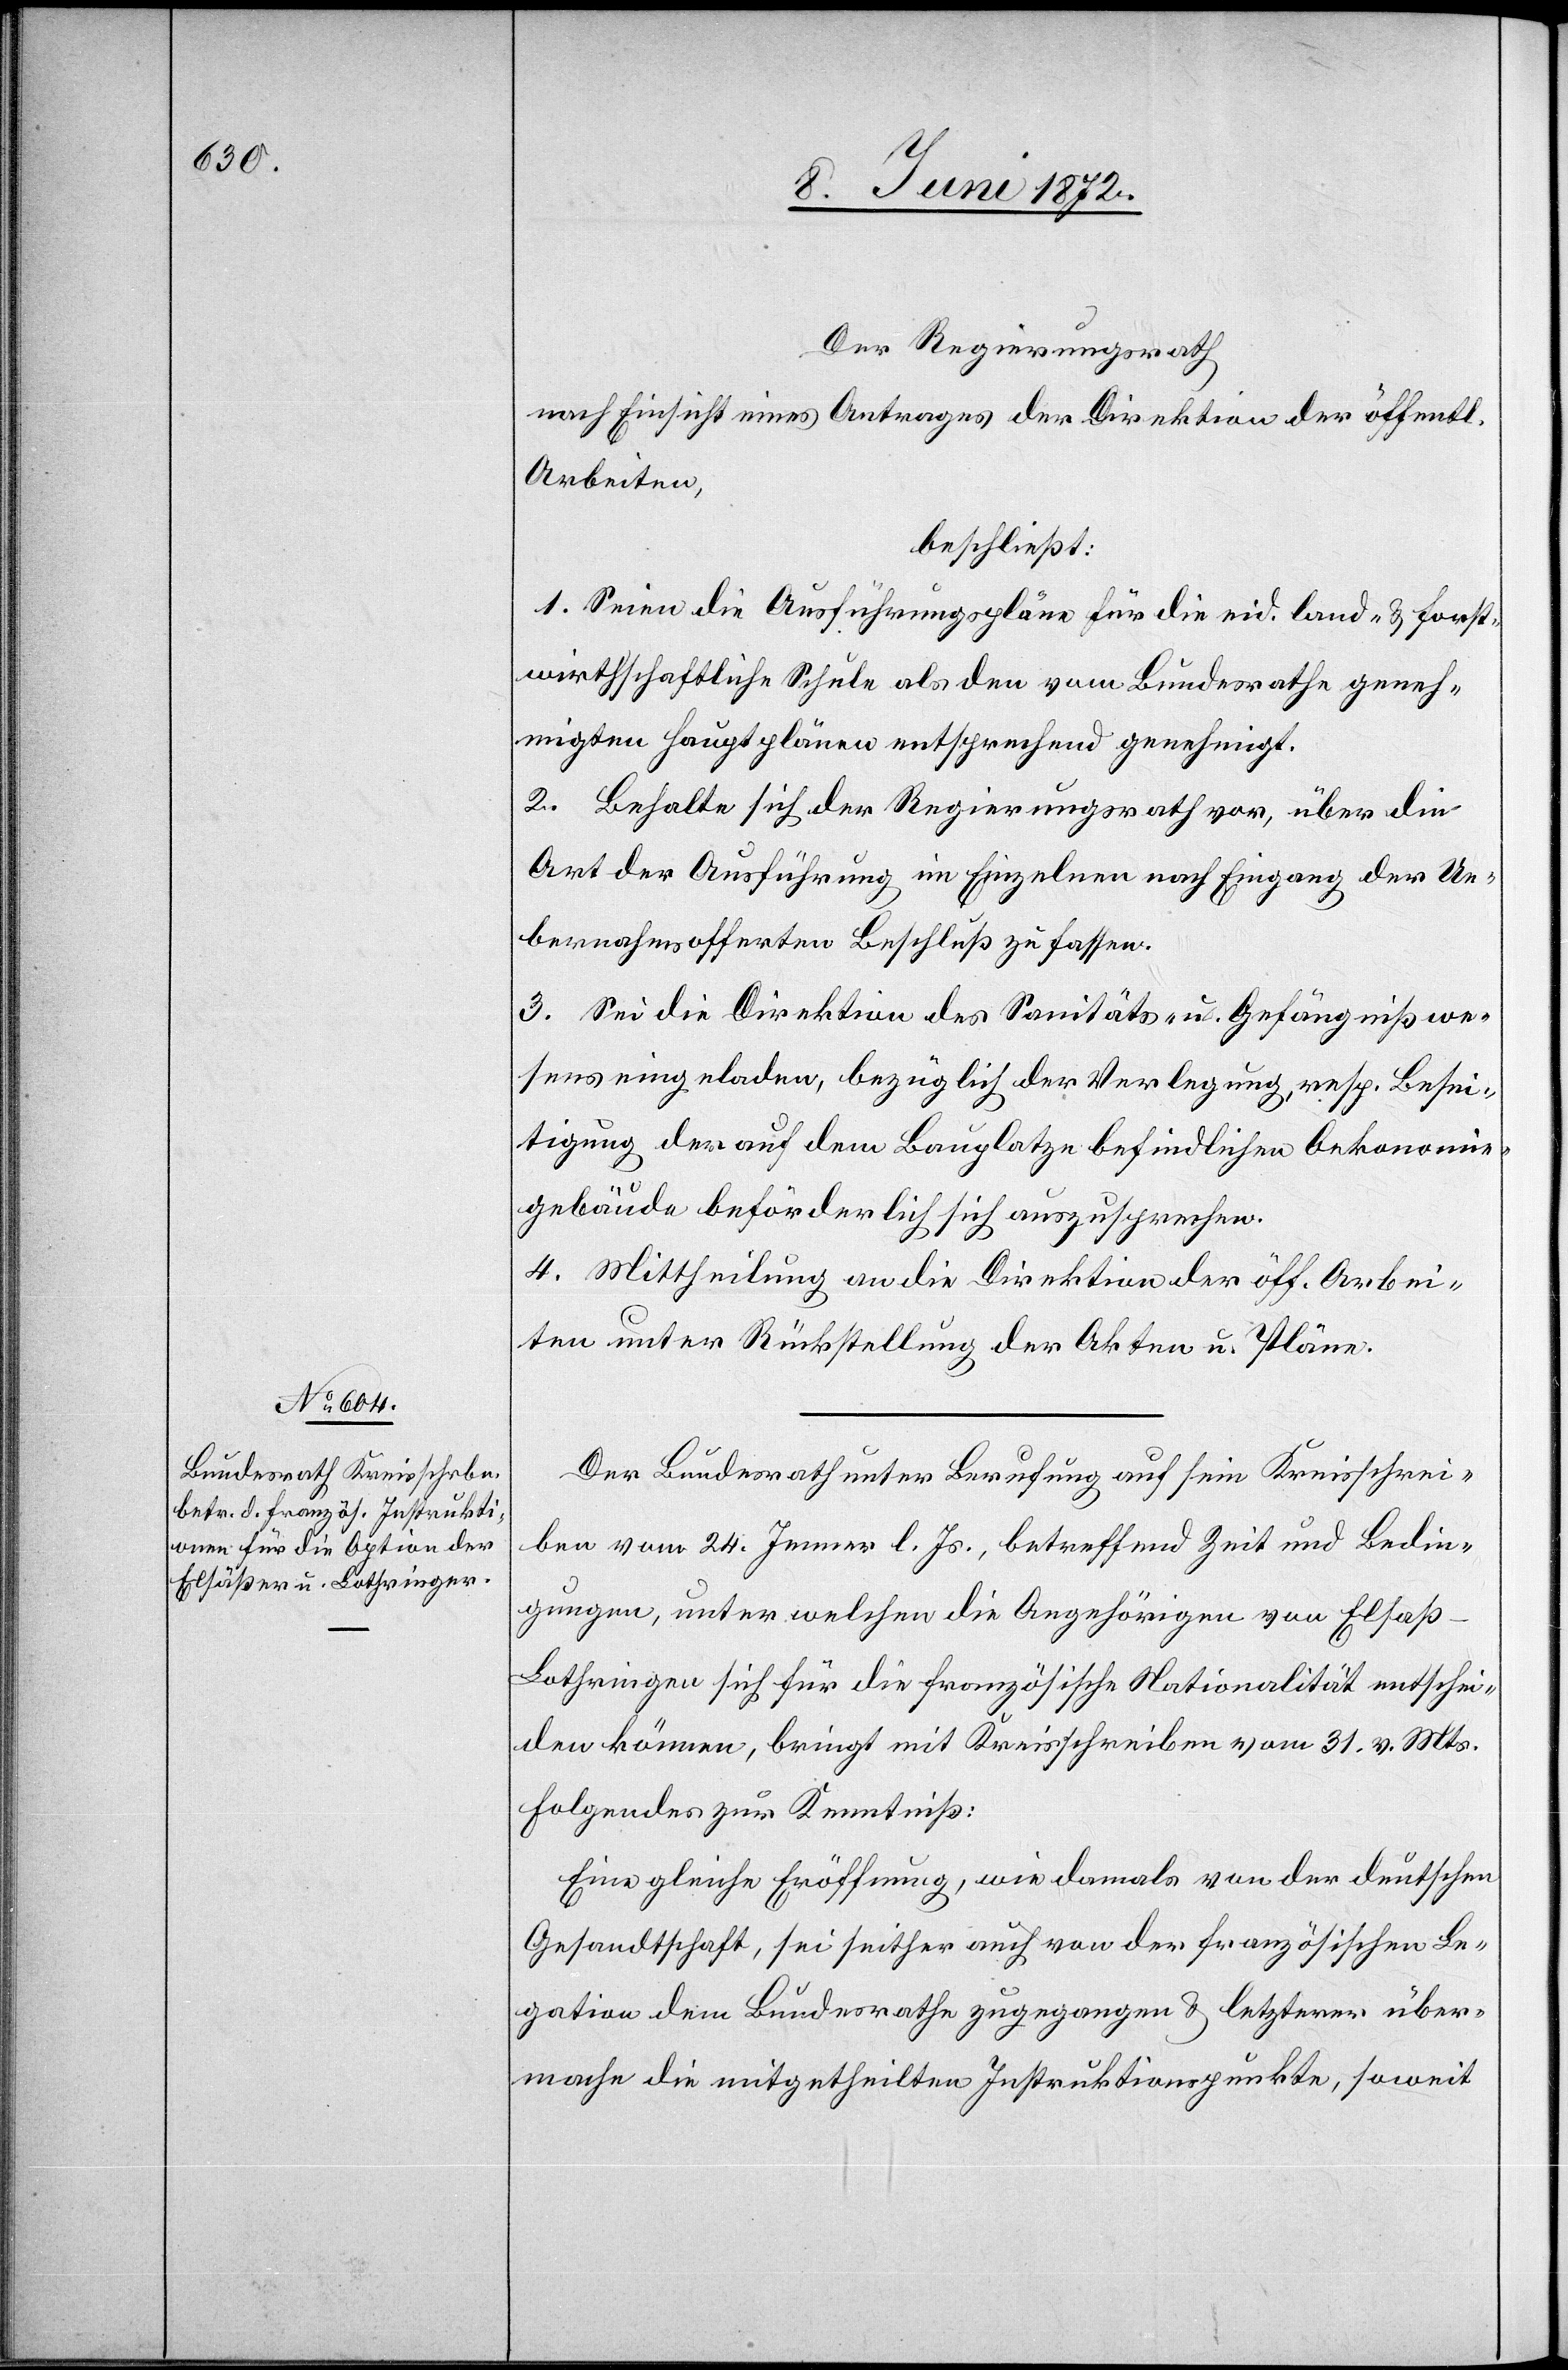
Der Regierungsrath
nach Einsicht eines Antrages der Direktion der öffentl.
Arbeiten,
beschließt:
1. Seien die Ausführungspläne für die eid. land- u. forst¬
wirthschaftliche Schule an den vom Bundesrathe geneh¬
migten Hauptplänen entsprechend genehmigt.
2. Behalte sich der Regierungsrath vor, über die
Art der Ausführung im Einzelnen nach Eingang der Ue¬
bernahmsofferten Beschluß zu fassen.
3. Sei die Direktion des Sanitäts- u. Gefängnißwe¬
sens eingeladen, bezüglich der Verlegung, resp. Besei¬
tigung der auf dem Bauplatze befindlichen Oekonomie¬
gebäude beförderlich sich auszusprechen.
4. Mittheilung an die Direktion der öff. Arbei¬
ten unter Rückstellung der Akten u. Pläne.
Der Bundesrath unter Berufung auf sein Kreisschrei¬
ben vom 24. Jenner l. Js., betreffend Zeit und Bedin¬
gungen, unter welchen die Angehörigen von Elsa¬
ß-Lothringen sich für die französische Nationalität entschei¬
den können, bringt mit Kreisschreiben vom 31. v. Mts.
folgendes zur Kenntniß:
Eine gleiche Eröffnung, wie damals von der deutschen
Gesandtschaft, sei seither auch von der französischen Le¬
gation dem Bundesrathe zugegangen u. letzterer über¬
mache die mitgetheilten Instruktionspunkte, soweit